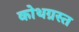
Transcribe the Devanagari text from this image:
कोथग्रस्त